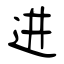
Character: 进